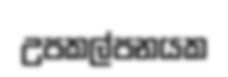
උපකල්පනයක